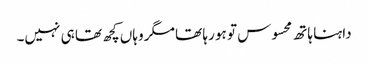
داہنا ہاتھ محسوس تو ہو رہا تھا مگر وہاں کچھ تھا ہی نہیں۔